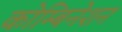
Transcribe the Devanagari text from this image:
कोम्बिनेशन